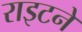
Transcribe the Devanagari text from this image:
राइटने